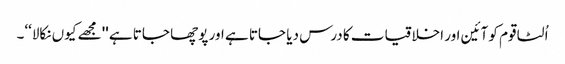
اُلٹا قوم کو آئین اور اخلاقیات کا درس دیا جاتا ہے اور پوچھا جاتا ہے ''مجھے کیوں نکالا‘‘۔